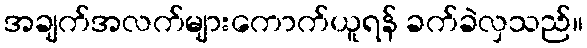
အချက်အလက်များကောက်ယူရန် ခက်ခဲလှသည်။